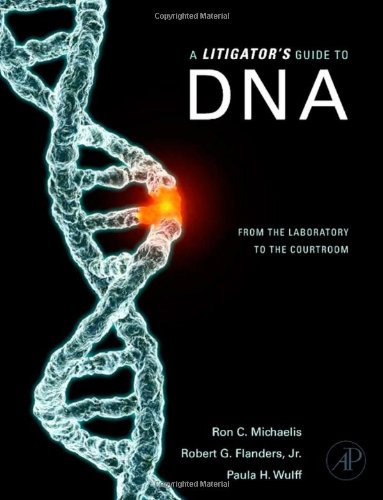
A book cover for A Litigator's Guide to DNA: From the Laboratory to the Courtroom; Ron C. Michaelis; Law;